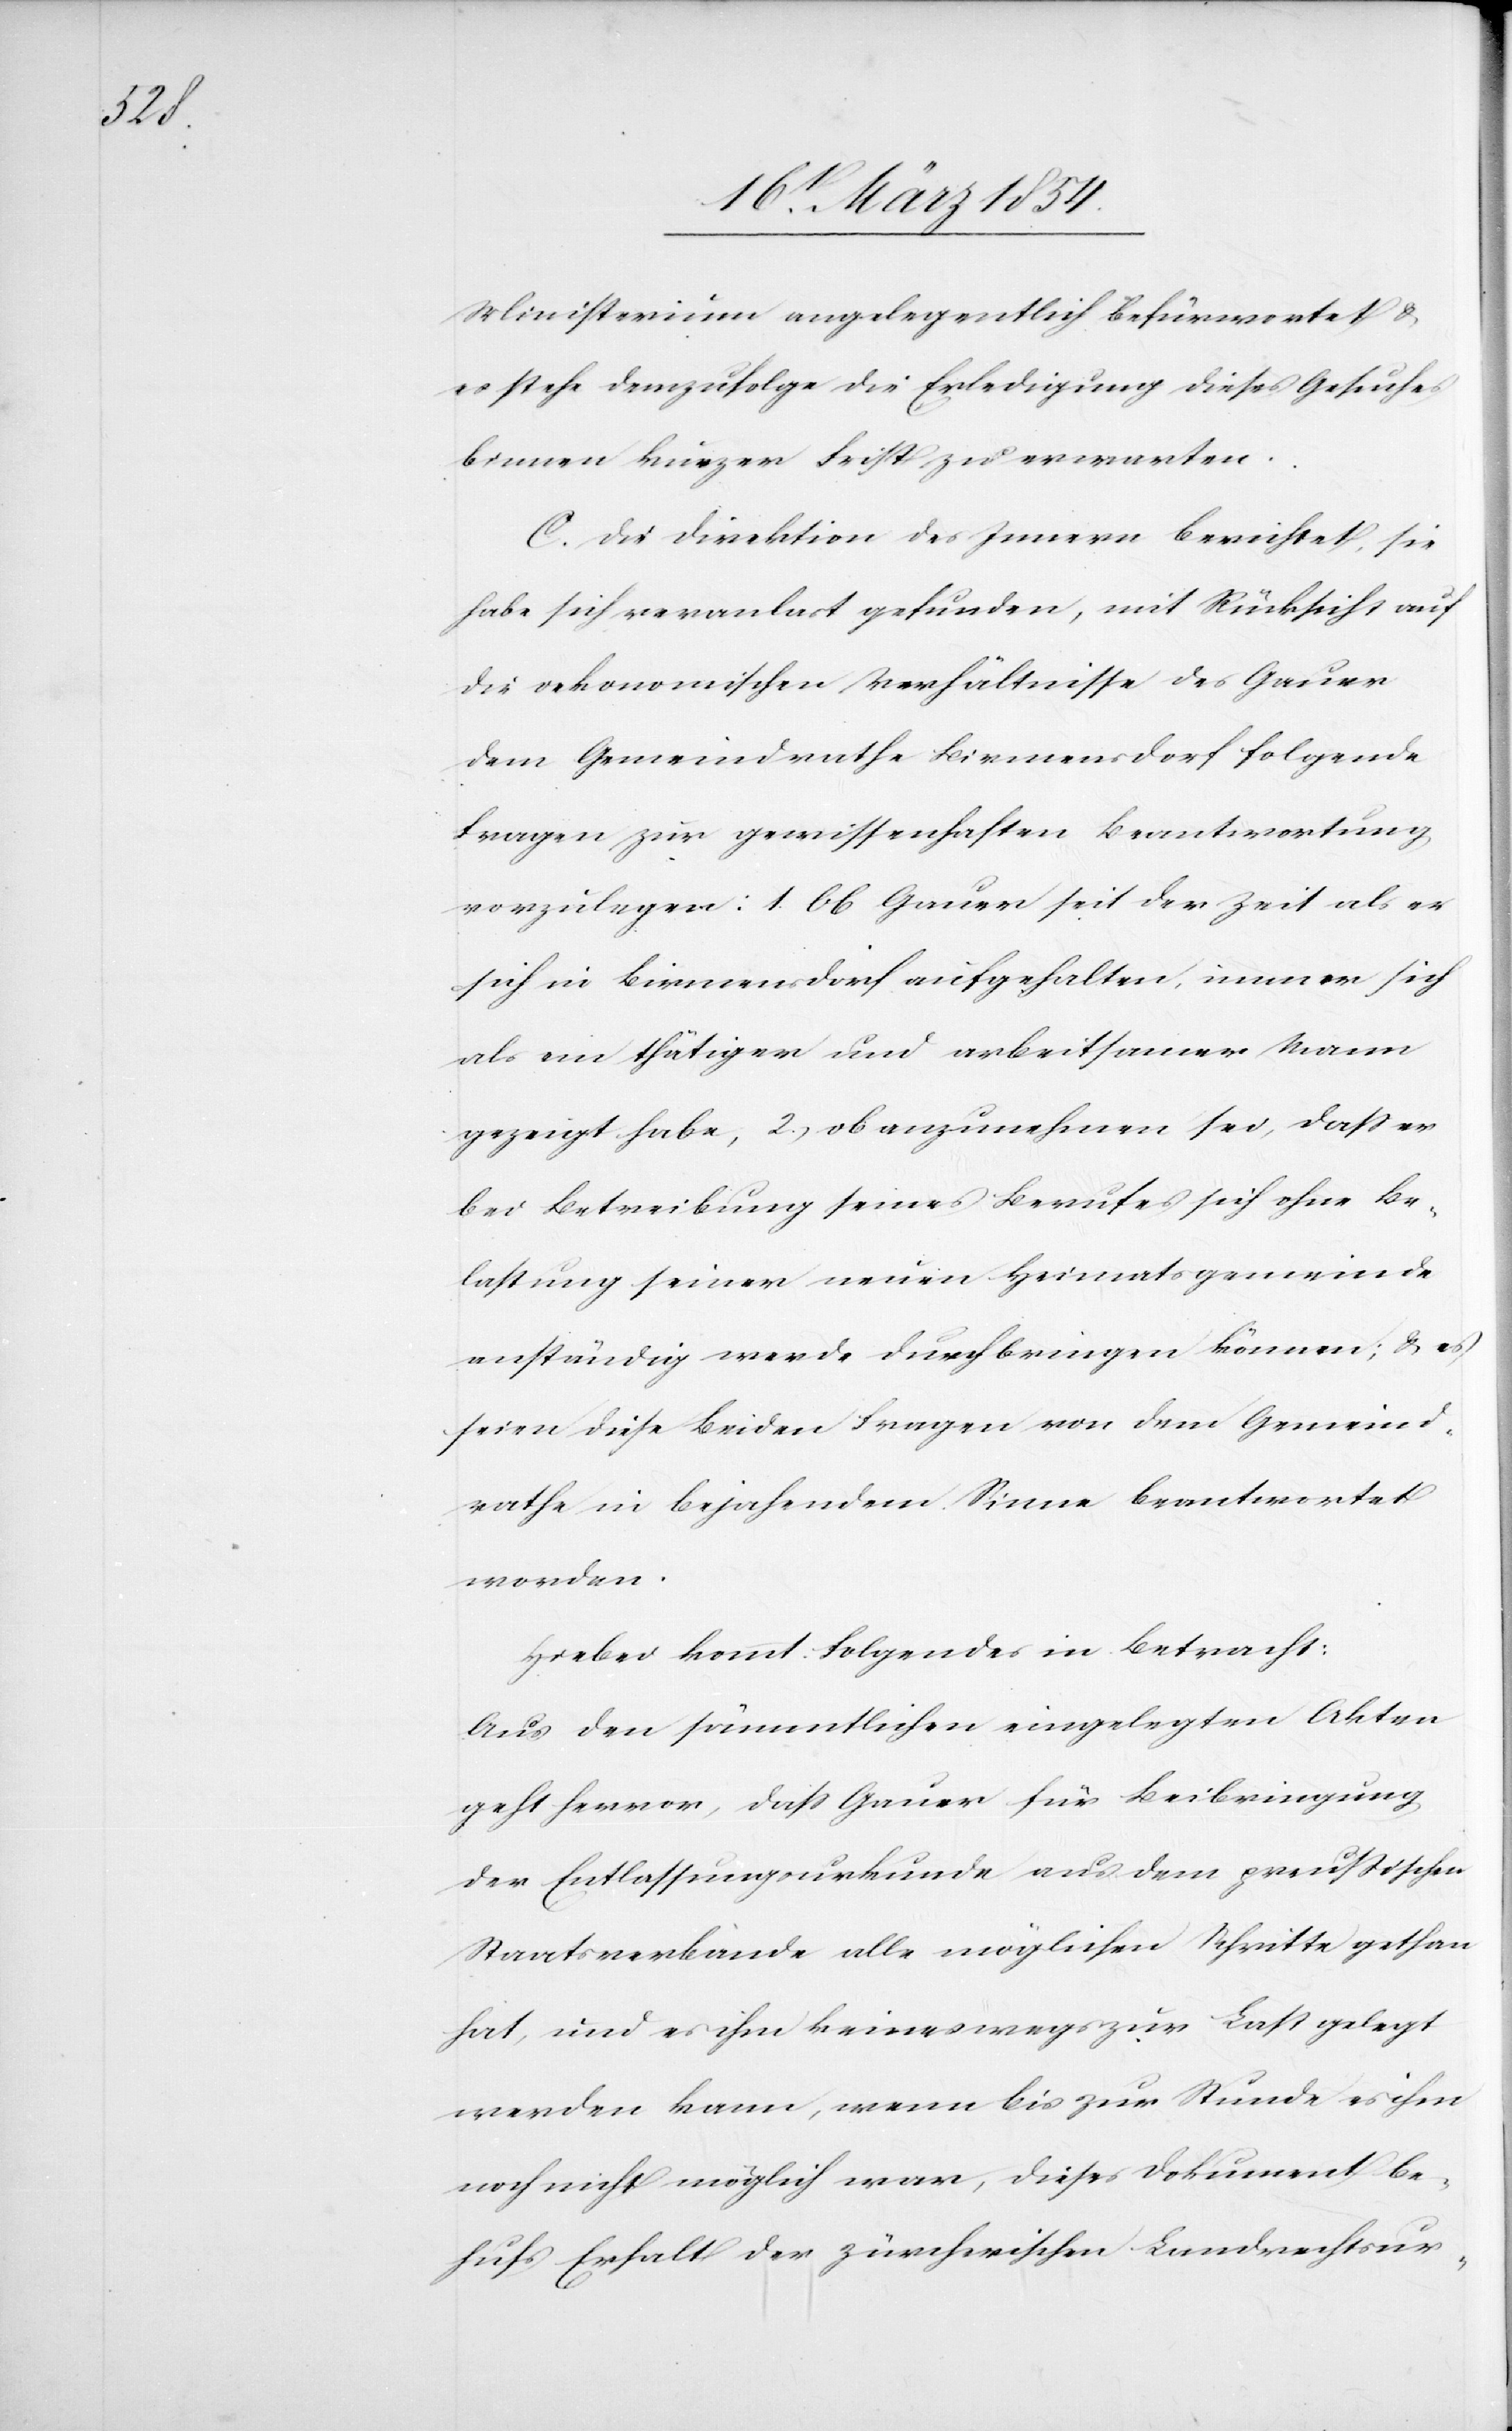
Ministerium angelegentlich befürwortet &
es stehe demzufolge die Erledigung dieses Gesuches
binnen kurzer Frist zu erwarten.
C. Die Direktion des Innern berichtet, sie
habe sich veranlaßt gefunden, mit Rücksicht auf
die oekonomischen Verhältnisse des Gauer
dem Gemeindrathe Birmensdorf folgende
Fragen zur gewissenhaften Beantwortung
vorzulegen: 1. Ob Gauer seit der Zeit als er
sich in Birmensdorf aufgehalten, immer sich
als ein thätiger und arbeitsamer Mann
gezeigt habe, 2., ob anzunehmen sei, daß er
bei Betreibung seines Berufes sich ohne Be¬
lastung seiner neuen Heimatsgemeinde
anständig werde durchbringen können; & es
seien diese beiden Fragen von dem Gemeind¬
rathe in bejahendem Sinne beantwortet
worden.
Hiebei kommt Folgendes in Betracht:
Aus den sämmtlichen eingelegten Akten
geht hervor, daß Gauer für Beibringung
der Entlassungsurkunde aus dem preußischen
Staatsverbande alle möglichen Schritte gethan
hat, und es ihm keineswegs zur Last gelegt
werden kann, wenn bis zur Stunde es ihm
noch nicht möglich war, dieses Dokument be¬
hufs Erhalt der zürcherischen Landrechtsur-